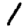
Digit: 1